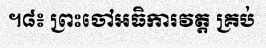
។៨៖ ព្រះចៅអធិការវត្ត គ្រប់